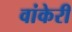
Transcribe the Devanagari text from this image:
वांकेरी